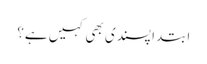
ابتدا پسندی بھی کہیں ہے؟